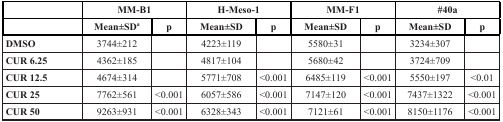
<table><thead><tr><td></td><td colspan="2"><b>MM-B1</b></td><td colspan="2"><b>H-Meso-1</b></td><td colspan="2"><b>MM-F1</b></td><td colspan="2"><b>#40a</b></td></tr></thead><tbody><tr><td></td><td><b>Mean±SD<sup>a</sup></b></td><td><b>p</b></td><td><b>Mean±SD</b></td><td><b>p</b></td><td><b>Mean±SD</b></td><td><b>p</b></td><td><b>Mean±SD</b></td><td><b>p</b></td></tr><tr><td><b>DMSO</b></td><td>3744±212</td><td></td><td>4223±119</td><td></td><td>5580±31</td><td></td><td>3234±307</td><td></td></tr><tr><td><b>CUR 6.25</b></td><td>4362±185</td><td></td><td>4817±104</td><td></td><td>5680±42</td><td></td><td>3724±709</td><td></td></tr><tr><td><b>CUR 12.5</b></td><td>4674±314</td><td></td><td>5771±708</td><td>&lt;0.001</td><td>6485±119</td><td>&lt;0.001</td><td>5550±197</td><td>&lt;0.01</td></tr><tr><td><b>CUR 25</b></td><td>7762±561</td><td>&lt;0.001</td><td>6057±586</td><td>&lt;0.001</td><td>7147±120</td><td>&lt;0.001</td><td>7437±1322</td><td>&lt;0.001</td></tr><tr><td><b>CUR 50</b></td><td>9263±931</td><td>&lt;0.001</td><td>6328±343</td><td>&lt;0.001</td><td>7121±61</td><td>&lt;0.001</td><td>8150±1176</td><td>&lt;0.001</td></tr></tbody></table>